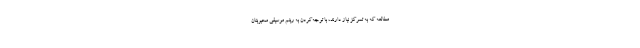
مطالعه که به تمرکز نیاز دارند، با توجه‌کردن به ریتم موسیقی محبوبتان